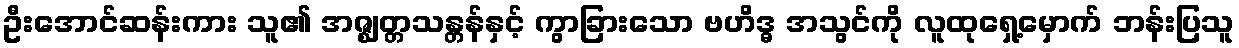
ဦးအောင်ဆန်းကား သူ၏ အဇ္ဈတ္တသန္တန်နှင့် ကွာခြားသော ဗဟိဒ္ဓ အသွင်ကို လူထုရှေ့မှောက် ဘန်းပြသူ